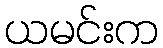
ယမင်းက